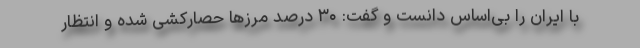
با ایران را بی‌اساس دانست و گفت: ۳۰ درصد مرزها حصارکشی شده و انتظار